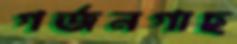
গর্জনগাছ